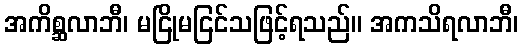
အကိစ္ဆလာဘီ၊ မငြိုမငြင်သဖြင့်ရသည်။ အကသိရလာဘီ၊